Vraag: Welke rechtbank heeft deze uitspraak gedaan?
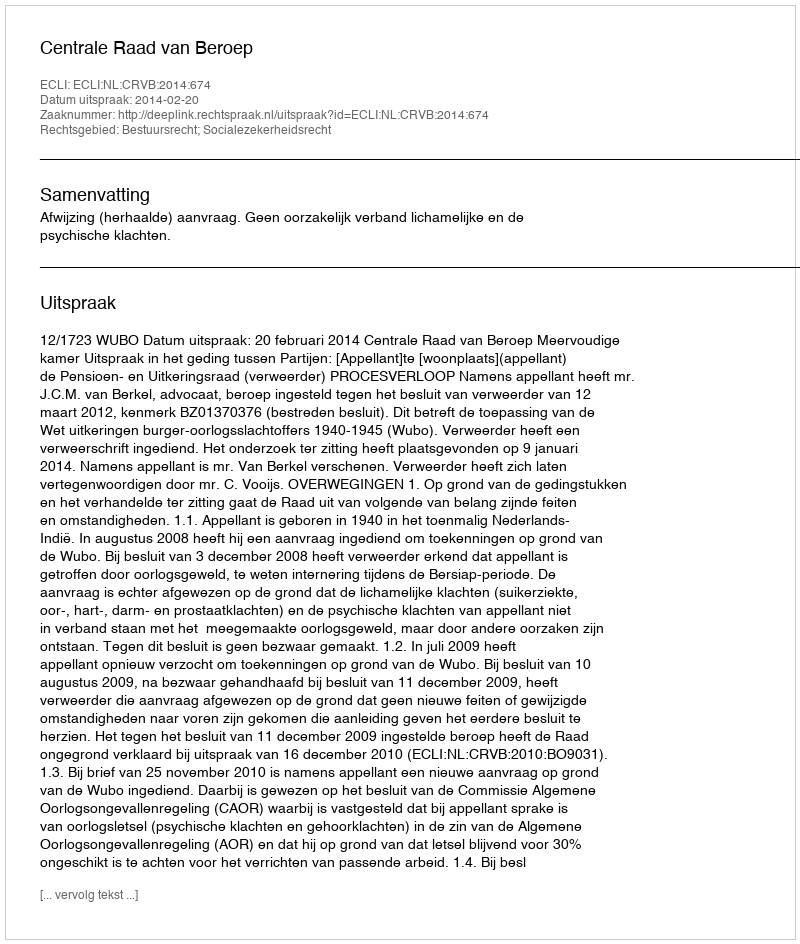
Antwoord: Centrale Raad van Beroep